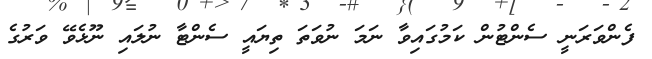
ފެންވަރަނީ ސެންޓުން ކަމުގައިވާ ނަމަ ނުވަތަ ތިޔައީ ސެންޓާ ނުލައި ނޫޅެވޭ ވަރުގެ